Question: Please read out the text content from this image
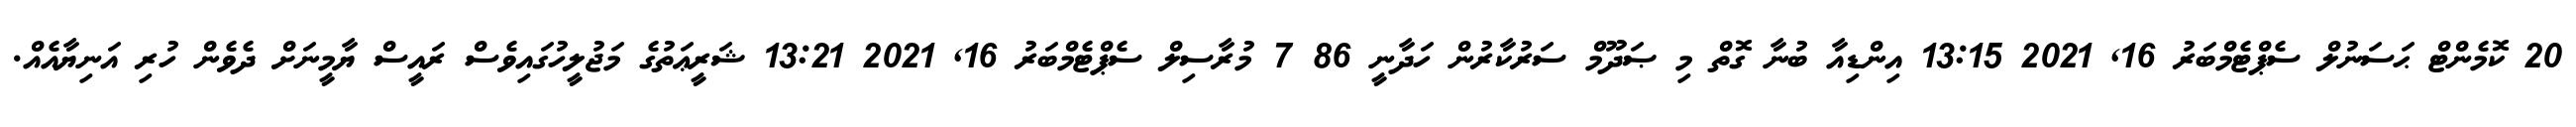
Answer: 20 ކޮމެންޓް ޙަސަނުލް ސެޕްޓެމްބަރު 16, 2021 13:15 އިންޑިއާ ބުނާ ގޮތް މި ޞަދޫމް ސަރުކާރުން ހަދާނީ 86 7 މުރާސިލް ސެޕްޓެމްބަރު 16, 2021 13:21 ޝަރީޢަތުގެ މަޖުލީހުގައިވެސް ރައީސް ޔާމީނަށް ދެވެން ހުރި އަނިޔާއެއް.